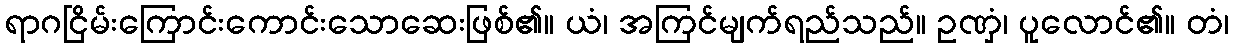
ရာဂငြိမ်းကြောင်းကောင်းသောဆေးဖြစ်၏။ ယံ၊ အကြင်မျက်ရည်သည်။ ဥဏှံ၊ ပူလောင်၏။ တံ၊